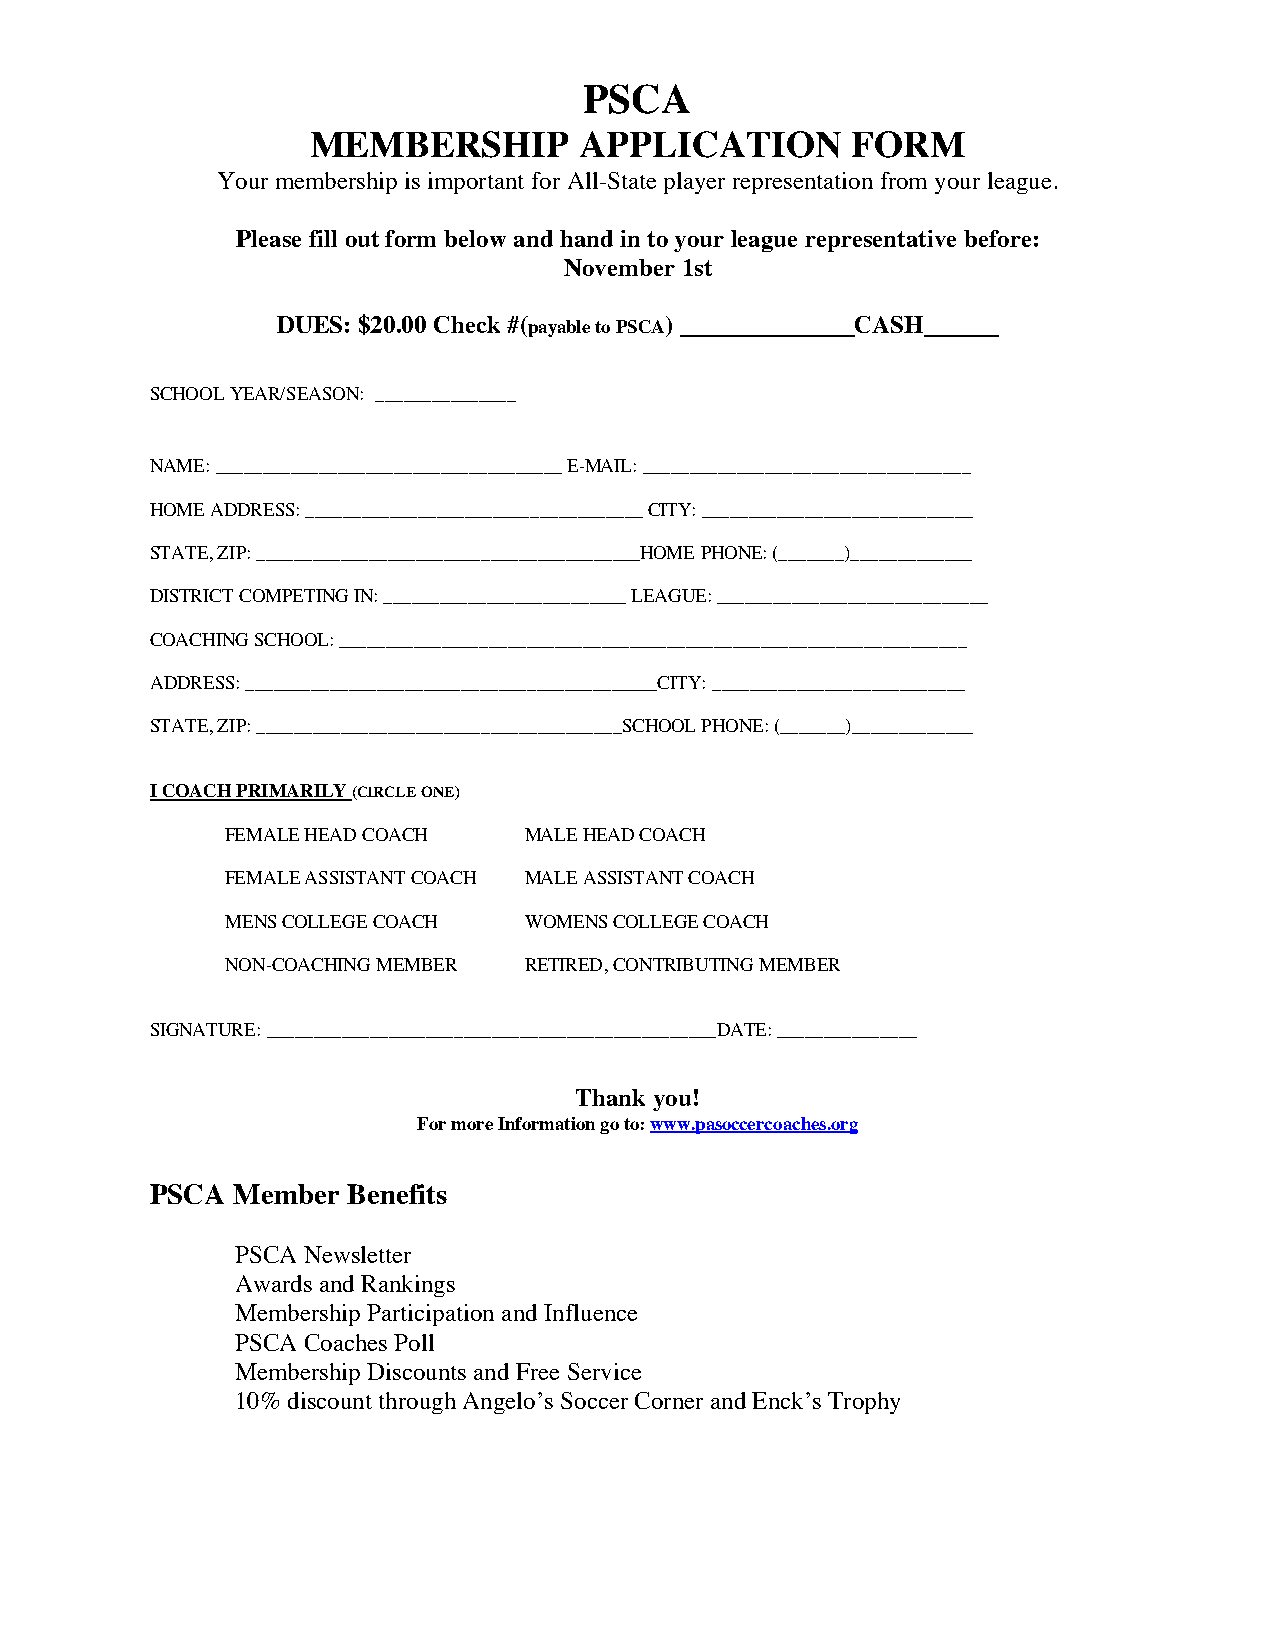
PSCA
 MEMBERSHIP        APPLICATION       FORM
 Your membership is important for All-State player representation from your league.
 Please fill out form below and hand in to your league representative before:
 November 1st
 DUES: $20.00 Check #(payable to PSCA) ______________CASH______
 SCHOOL YEAR/SEASON: _______________
 NAME: _____________________________________ E-MAIL: ___________________________________
 HOME ADDRESS: ____________________________________ CITY: _____________________________
 STATE, ZIP: _________________________________________HOME PHONE: (_______)_____________
 DISTRICT COMPETING IN: __________________________ LEAGUE: _____________________________
 COACHING SCHOOL: ___________________________________________________________________
 ADDRESS: ____________________________________________CITY: ___________________________
 STATE, ZIP: _______________________________________SCHOOL PHONE: (_______)_____________
 I COACH PRIMARILY (CIRCLE ONE)
 FEMALE HEAD COACH   MALE HEAD COACH
 FEMALE ASSISTANT COACH MALE ASSISTANT COACH
 MENS COLLEGE COACH  WOMENS COLLEGE COACH
 NON-COACHING MEMBER RETIRED, CONTRIBUTING MEMBER
 SIGNATURE: ________________________________________________DATE: _______________
 Thank you!
 For more Information go to: www.pasoccercoaches.org
 PSCA Member  Benefits
 PSCA Newsletter
 Awards and Rankings
 Membership Participation and Influence
 PSCA Coaches Poll
 Membership Discounts and Free Service
 10% discount through Angelo’s Soccer Corner and Enck’s Trophy